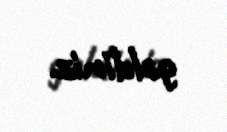
gəldiniz.